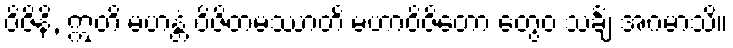
ဝိဇိနိ, ဣတိ မဟန္တံ ဝိဇိတမဿာတိ မဟာဝိဇိတော တွေဝ သင်္ချံ အဂမာသိ။